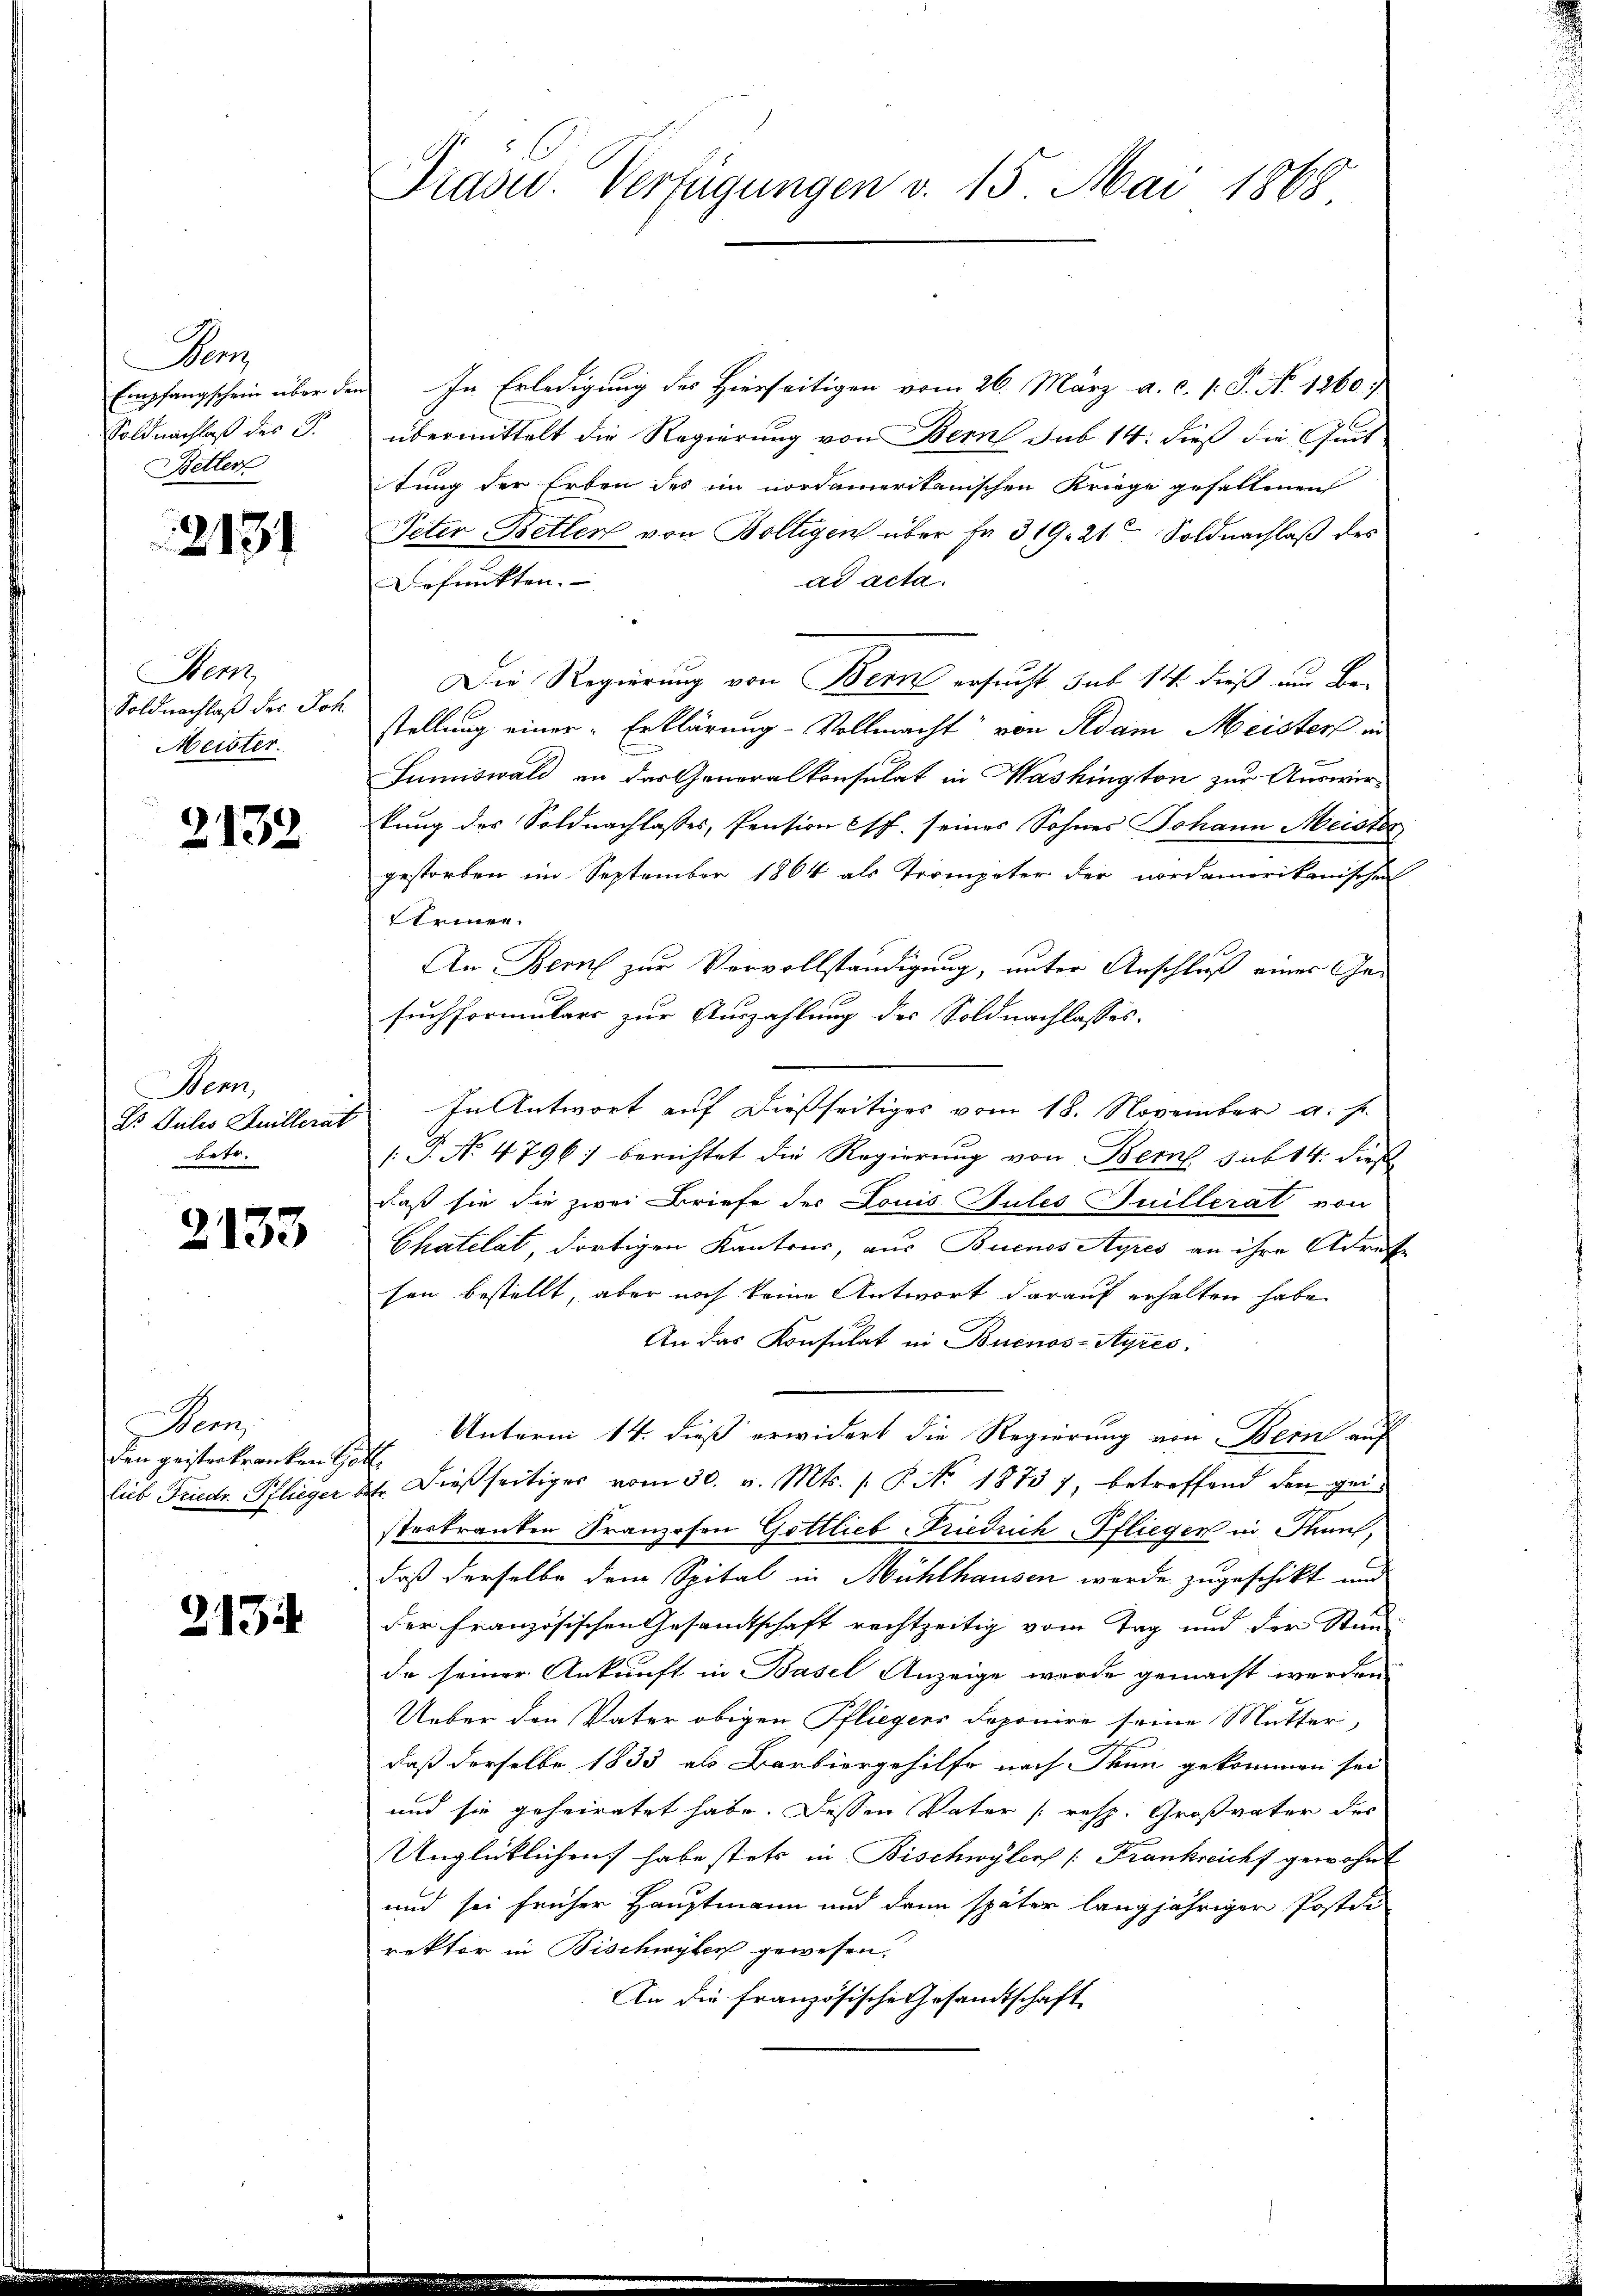
Dem
Soldnachlaß des S.
Betten

2131

Bem,
Soldnachlaß der Joh.
Meister.

2132

Dem
Ds Julio Anillerat
betr.

2133

Penn
den geisterkranken Goll.

2134

Trasw. Verfügungen v. 15. Mai 1868

Empfangschein über den In Erledigung des Hierseitigen vom 26. März a. c. 1. P. No 1260.
übermittelt die Regierung von Bern sub 14. dieß die Zeit
itung der Erben des im nordamerikanischen Kriege gefallenen
Peter Betten von Boltigen über fr. 319. 21 Soldnachlaß des
ad acta.
Befunkten.
Die Regierung von Bern ersucht sub 14. dieß um Bestellung einer Erklärung- Vollmacht von Adam Meisters in
Sumiswald an das Generalkonsulat in Washington zur Auswirkung des Soldnachlasses, Pension f. seines Sohnes Johann Meister
gestorben im September 1864 als Trompeter der nordamerikanische
Steinen.
An Bern zur Vervollständigung, unter Anschluß eines Gesuchformulars zur Auszahlung des Soldnachlasses.
In Antwort auf dießseitiges vom 18. November a. h.
.P. No 4796) berichtet die Regierung von Bern sub 14. dies
daß sie die zwei Briefe des Louis Gutes Suillerat von
Chatelat, dortigen Kantons, aus Buenos Ayres an ihre Adrese
sen bestellt, aber noch keine Antwort darauf erhalten habe.
An das Konsulat in Buenos-Ayres.
Unterm 14. dieß erwidert die Regierung von Bern auf
lieb Friedr. Pflieger der dießseitiges vom 30. v. Mts. s. S. No. 1873 7, betreffend den geisteskranken Franzosen Gottlieb Friedrich-Pfliegen in Thant,
daß derselbe dem Spital in Mühlhausen werde zugeschikt und
der Französischen Gesamtschaft rechtzeitig vom Tag und der Stun
de seiner Ankunft in Basel Anzeige wurde gemacht werden
Ueber den Vater obigen Pfliegens deponire seine Mutter,
daß derselbe 1833 als Barbiergehilfe nach Thun gekommen sei
und sie geheiratet habe. Dessen Vater (resp. Großvater der
Unglücklichen habe stets in Bischwyler [Frankreicht gewohnt
und sei früher Hauptmann und dann später langjähriger Postdi
rektor in Bischwyler gewesen.
An die französische Gesandtschaft